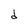
Character: d